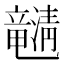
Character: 𤄯